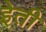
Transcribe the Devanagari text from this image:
इेती